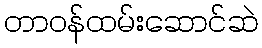
တာဝန်ထမ်းဆောင်ဆဲ